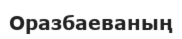
Оразбаеваның